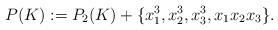
LaTeX: \begin{align*} P(K):=P_2(K)+\{x_1^3,x_2^3,x_3^3,x_1x_2x_3\}.\end{align*}